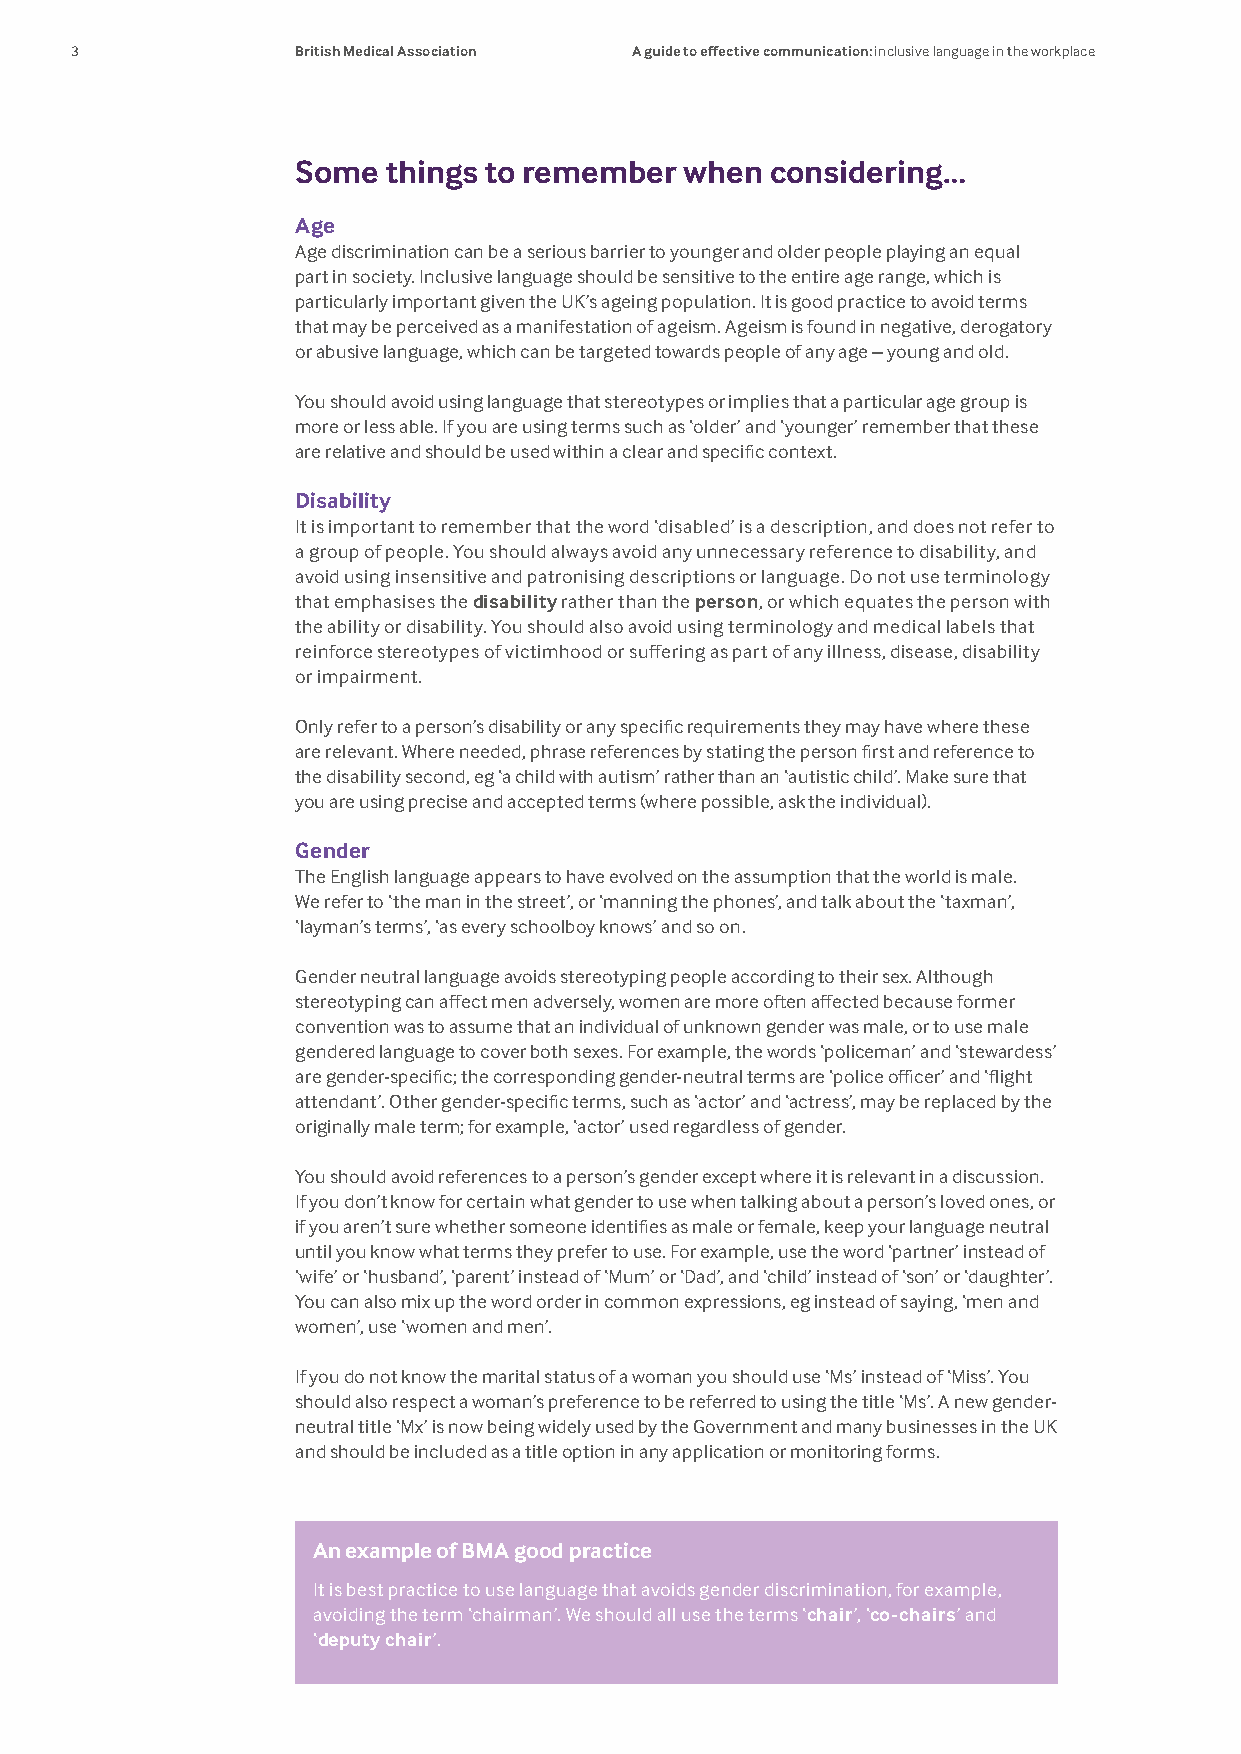
3              British Medical Association A guide to effective communication: inclusive language in the workplace
 Some  things to remember when  considering…
 Age
 Age discrimination can be a serious barrier to younger and older people playing an equal
 part in society. Inclusive language should be sensitive to the entire age range, which is
 particularly important given the UK’s ageing population. It is good practice to avoid terms
 that may be perceived as a manifestation of ageism. Ageism is found in negative, derogatory
 or abusive language, which can be targeted towards people of any age – young and old.
 You should avoid using language that stereotypes or implies that a particular age group is
 more or less able. If you are using terms such as ‘older’ and ‘younger’ remember that these
 are relative and should be used within a clear and specific context.
 Disability
 It is important to remember that the word ‘disabled’ is a description, and does not refer to
 a group of people. You should always avoid any unnecessary reference to disability, and
 avoid using insensitive and patronising descriptions or language. Do not use terminology
 that emphasises the disability rather than the person, or which equates the person with
 the ability or disability. You should also avoid using terminology and medical labels that
 reinforce stereotypes of victimhood or suffering as part of any illness, disease, disability
 or impairment.
 Only refer to a person’s disability or any specific requirements they may have where these
 are relevant. Where needed, phrase references by stating the person first and reference to
 the disability second, eg ‘a child with autism’ rather than an ‘autistic child’. Make sure that
 you are using precise and accepted terms (where possible, ask the individual).
 Gender
 The English language appears to have evolved on the assumption that the world is male.
 We refer to ‘the man in the street’, or ‘manning the phones’, and talk about the ‘taxman’,
 ‘layman’s terms’, ‘as every schoolboy knows’ and so on.
 Gender neutral language avoids stereotyping people according to their sex. Although
 stereotyping can affect men adversely, women are more often affected because former
 convention was to assume that an individual of unknown gender was male, or to use male
 gendered language to cover both sexes. For example, the words ‘policeman’ and ‘stewardess’
 are gender-specific; the corresponding gender-neutral terms are ‘police officer’ and ‘flight
 attendant’. Other gender-specific terms, such as ‘actor’ and ‘actress’, may be replaced by the
 originally male term; for example, ‘actor’ used regardless of gender.
 You should avoid references to a person’s gender except where it is relevant in a discussion.
 If you don’t know for certain what gender to use when talking about a person’s loved ones, or
 if you aren’t sure whether someone identifies as male or female, keep your language neutral
 until you know what terms they prefer to use. For example, use the word ‘partner’ instead of
 ‘wife’ or ‘husband’, ‘parent’ instead of ‘Mum’ or ‘Dad’, and ‘child’ instead of ‘son’ or ‘daughter’.
 You can also mix up the word order in common expressions, eg instead of saying, ‘men and
 women’, use ‘women and men’.
 If you do not know the marital status of a woman you should use ‘Ms’ instead of ‘Miss’. You
 should also respect a woman’s preference to be referred to using the title ‘Ms’. A new gender-
 neutral title ‘Mx’ is now being widely used by the Government and many businesses in the UK
 and should be included as a title option in any application or monitoring forms.
 An example of BMA good practice
 It is best practice to use language that avoids gender discrimination, for example,
 avoiding the term ‘chairman’. We should all use the terms ‘chair’, ‘co-chairs’ and
 ‘deputy chair’.